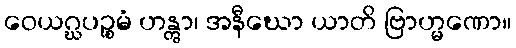
ဝေယဂ္ဃပဉ္စမံ ဟန္တွာ၊ အနီဃော ယာတိ ဗြာဟ္မဏော။